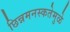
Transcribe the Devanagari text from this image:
छिन्नमनस्कतेमुळे